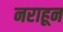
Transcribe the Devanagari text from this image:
नराहून